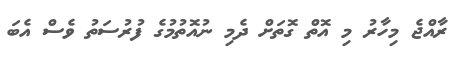
ރާއްޖެ މިހާރު މި އޮތް ގޮތަށް ދެމި ނުއޮތުމުގެ ފުރުސަތު ވެސް އެބަ